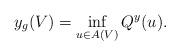
LaTeX: \begin{align*}y_g(V) = \inf_{u\in A(V)} Q^y(u).\end{align*}